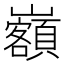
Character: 𡿃